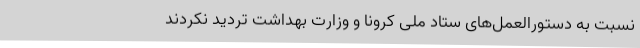
نسبت به دستورالعمل‌های ستاد ملی کرونا و وزارت بهداشت تردید نکردند